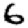
Digit: 6